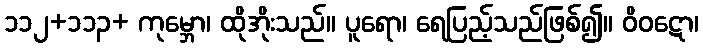
၁၁၂+၁၁၃+ ကုမ္ဘော၊ ထိုအိုးသည်။ ပူရော၊ ရေပြည့်သည်ဖြစ်၍။ ဝိဝဋော၊